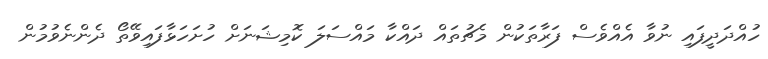
ހުއްދަދީފައި ނުވާ އެއްވެސް ފަރާތަކުން މެޗުތައް ދައްކާ މައްސަލަ ކޮމިޝަނަށް ހުށަހަޅާފައިވޭތޯ ދެންނެވުމުން